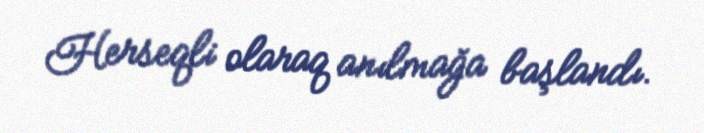
Herseqli olaraq anılmağa başlandı.